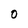
Character: O